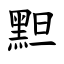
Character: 䵣